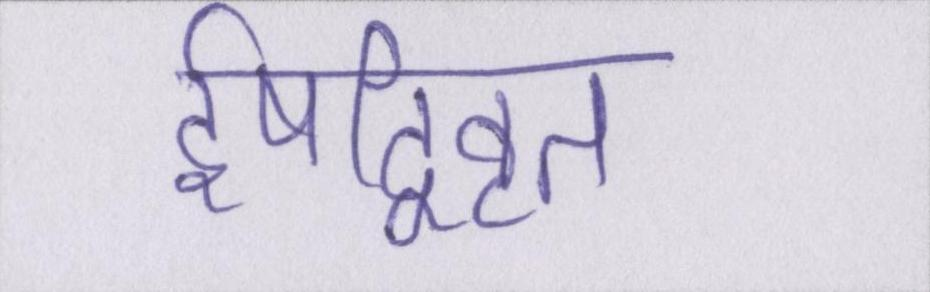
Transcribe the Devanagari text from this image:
ईषद्विवृत